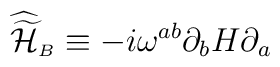
{\widehat{\widetilde{\cal H}}}_{\scriptscriptstyle B}\equiv -i\omega^{ab}\partial_{b}H\partial_{a}